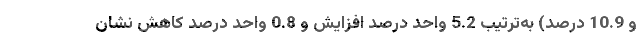
و 10.9 درصد) به‌ترتیب 5.2 واحد درصد افزایش و 0.8 واحد درصد کاهش نشان